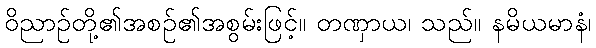
ဝိညာဉ်တို့၏အစဉ်၏အစွမ်းဖြင့်။ တဏှာယ၊ သည်။ နမိယမာနံ၊